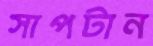
সাপটান